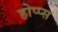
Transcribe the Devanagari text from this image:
होप्प्स